Annual administration report of the Civil Veterinary Department of India - 1897-1898
Year: 1897
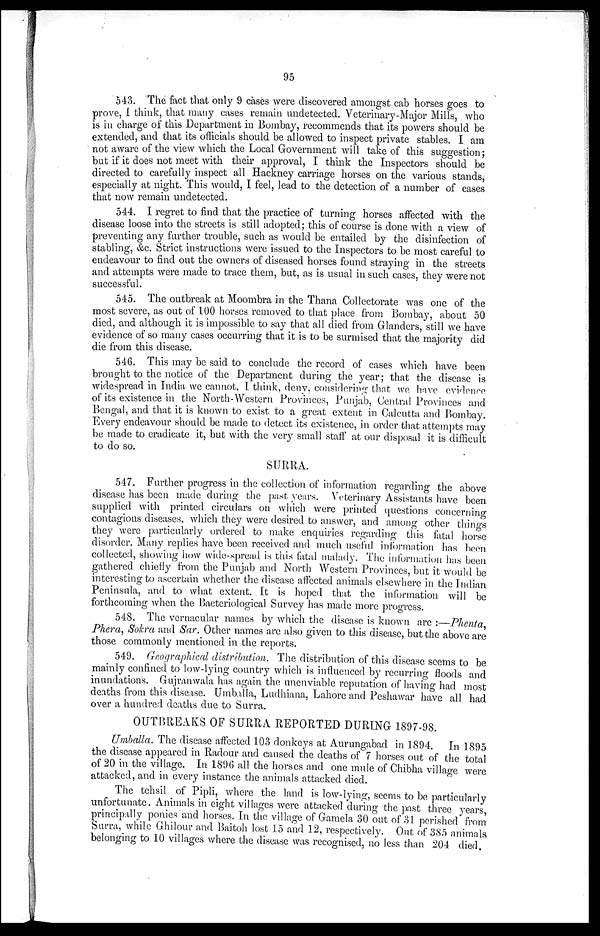
95
543. The fact that only 9 cases were discovered amongst cab horses goes to
prove, I think, that many cases remain undetected. Veterinary-Major Mills, who
is in charge of this Department in Bombay, recommends that its powers should be
extended, and that its officials should be allowed to inspect private stables. I am
not aware of the view which the Local Government will take of this suggestion;
but if it does not meet with their approval, I think the Inspectors should be
directed to carefully inspect all Hackney carriage horses on the various stands,
especially at night. This would, I feel, lead to the detection of a number of cases
that now remain undetected.
544. I regret to find that the practice of turning horses affected with the
disease loose into the streets is still adopted; this of course is done with a view of
preventing any further trouble, such as would be entailed by the disinfection of
stabling, &c. Strict instructions were issued to the Inspectors to be most careful to
endeavour to find out the owners of diseased horses found straying in the streets
and attempts were made to trace them, but, as is usual in such cases, they were not
successful.
545. The outbreak at Moombra in the Thana Collectorate was one of the
most severe, as out of 100 horses removed to that place from Bombay, about 50
died, and although it is impossible to say that all died from Glanders, still we have
evidence of so many cases occurring that it is to be surmised that the majority did
die from this disease.
546. This may be said to conclude the record of cases which have been
brought to the notice of the Department during the year; that the disease is
widespread in India we cannot, I think, deny, considering that we have evidence
of its existence in the North-Western Provinces, Punjab, Central Provinces and
Bengal, and that it is known to exist to a great extent in Calcutta and Bombay.
Every endeavour should be made to detect its existence, in order that attempts may
be made to eradicate it, but with the very small staff at our disposal it is difficult
to do so.
SURRA.
547. Further progress in the collection of information regarding the above
disease has been made during the past years. Veterinary Assistants have been
supplied with printed circulars on which were printed questions concerning
contagious diseases, which they were desired to answer, and among other things
they were particularly ordered to make enquiries regarding this fatal horse
disorder. Many replies have been received and much useful information has been
collected, showing how wide-spread is this fatal malady. The information has been
gathered chiefly from the Punjab and North Western Provinces, but it would be
interesting to ascertain whether the disease affected animals elsewhere in the Indian
Peninsula, and to what extent. It is hoped that the information will be
forthcoming when the Bacteriological Survey has made more progress.
548. The vernacular names by which the disease is known are :—Phenta
Phera, Sokra and Sar. Other names are also given to this disease, but the above are
those commonly mentioned in the reports.
549. Geographical distribution. The distribution of this disease seems to be
mainly confined to low-lying country which is influenced by recurring floods and
inundations. Gujranwala has again the unenviable reputation of having had most
deaths from this disease. Umballa, Ludhiana, Lahore and Peshawar have all had
over a hundred deaths due to Surra.
OUTBREAKS OF SURRA REPORTED DURING 1897-98.
Umballa. The disease affected 103 donkeys at Aurungabad in 1894. In 1895
the disease appeared in Radour and caused the deaths of 7 horses out of the total
of 20 in the village. In 1896 all the horses and one mule of Chibha village were
attacked, and in every instance the animals attacked died.
The tehsil of Pipli, where the land is low-lying, seems to be particularly
unfortunate. Animals in eight villages were attacked during the past three years,
principally ponies and horses. In the village of Gamela 30 out of 31 perished from
Surra, while Ghilour and Baitoh lost 15 and 12, respectively. Out of 385 animals
belonging to 10 villages where the disease was recognised, no less than 204 died.